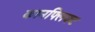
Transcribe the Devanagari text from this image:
कानफ्लिक्ट